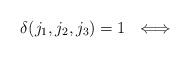
LaTeX: \begin{align*}\delta(j_{1},j_{2},j_{3})=1 \ \iff\end{align*}